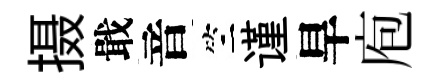
摄戢音竺谨旱庖